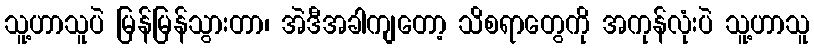
သူ့ဟာသူပဲ မြန်မြန်သွားတာ၊ အဲဒီအခါကျတော့ သိစရာတွေကို အကုန်လုံးပဲ သူ့ဟာသူ